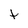
Character: t